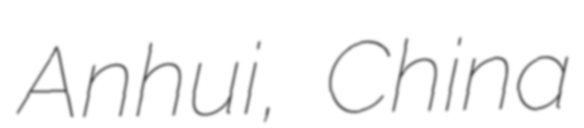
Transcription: Anhui, China